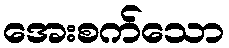
အေးစက်သော